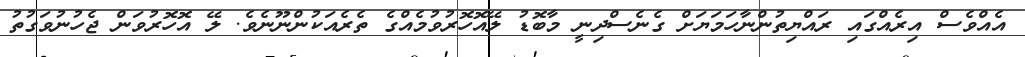
އެއްވެސް އިރެއްގައި ރައްޔިތުންނާހަމަޔަށް ގެނެސްދިނީ މާބޮޑު ލޭއޮހޮރުވުމެއްގެ ތެރެއަކުންނޫނެވެ. ލޭ އޮހޮރުވަން ޖެހުނުވަގުތު